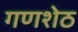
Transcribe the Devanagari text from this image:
गणशेठ